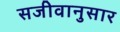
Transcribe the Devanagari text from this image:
सजीवानुसार